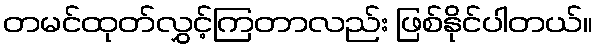
တမင်ထုတ်လွှင့်ကြတာလည်း ဖြစ်နိုင်ပါတယ်။